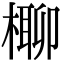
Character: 𣘪